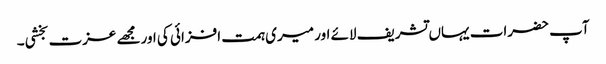
آپ حضرات یہاں تشریف لائے اور میری ہمت افزائی کی اورمجھے عزت بخشی۔